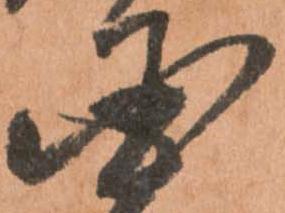
国